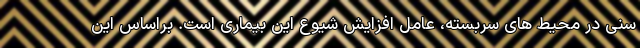
سنی در محیط های سربسته، عامل افزایش شیوع این بیماری است. براساس این